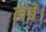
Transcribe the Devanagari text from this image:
लंबे।